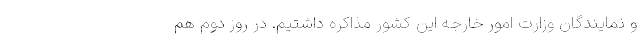
و نمایندگان وزارت امور خارجه این کشور مذاکره داشتیم. در روز دوم هم